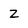
Character: Z